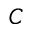
C